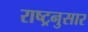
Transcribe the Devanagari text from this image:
राष्ट्रनुसार